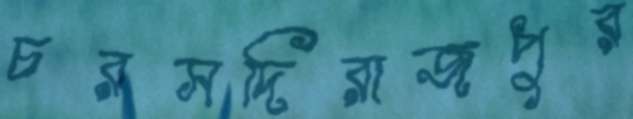
চরসদিরাজপুর